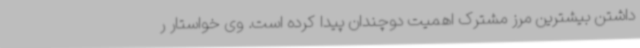
داشتن بیشترین مرز مشترک اهمیت دوچندان پیدا کرده است. وی خواستار ر